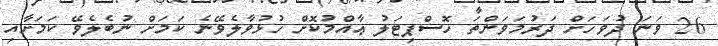
26 ވަނަ ދުވަހަށް ދަރުމަވަންތަ ހޮސްޕިޓަލު ޢާއްމުކޮށް ހުޅުވާލެވޭނެ ކަމަށް ނުބެލެވޭ ކަމަށާއި